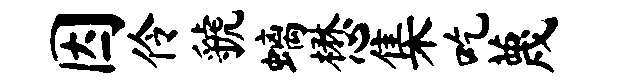
因伶虢螭懋集吃蔑